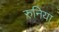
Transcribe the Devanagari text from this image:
रुनिया